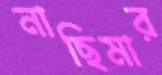
নাছিমার